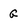
Character: G